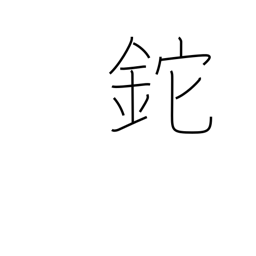
Meaning: hatchet